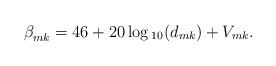
LaTeX: \begin{align*}\beta_{mk}^{}=46+20\log{}_{10}(d_{mk})+V_{mk}.\end{align*}